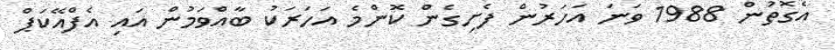
އެގޮތުން 1988 ވަނަ އަހަރުން ފެށިގެން ކޮންމެ އަހަރަކު ބާއްވަމުން އައި އެފްއޭކަޕް